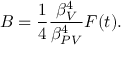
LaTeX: B = \frac { 1 } { 4 } \frac { \beta _ { V } ^ { 4 } } { \beta _ { P V } ^ { 4 } } F ( t ) .